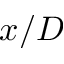
x / D